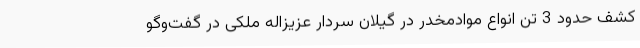
کشف حدود 3 تن انواع موادمخدر در گیلان سردار عزیزاله ملکی در گفت‌وگو